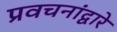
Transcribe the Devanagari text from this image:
प्रवचनांद्वारे